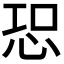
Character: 𢙢